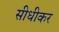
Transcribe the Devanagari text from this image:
सीधीकर